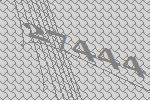
27444